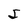
Character: S